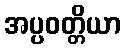
အပ္ပဝတ္တိယာ